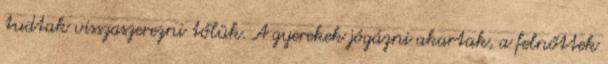
tudtak visszaszerezni tőlük. A gyerekek jógázni akartak, a felnőttek